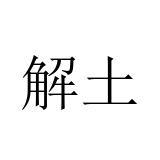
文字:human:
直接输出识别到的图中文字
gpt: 解土